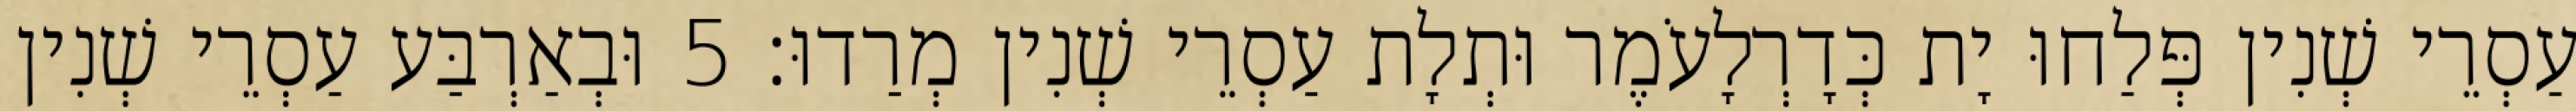
עַסְרֵי שְׁנִין פְּלַחוּ יָת כְּדָרְלָעֹמֶר וּתְלָת עַסְרֵי שְׁנִין מְרַדוּ׃ 5 וּבְאַרְבַּע עַסְרֵי שְׁנִין